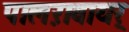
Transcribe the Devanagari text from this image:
पालऱावायर्